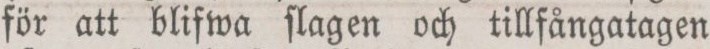
för att blifwa flagen och tillfångatagen